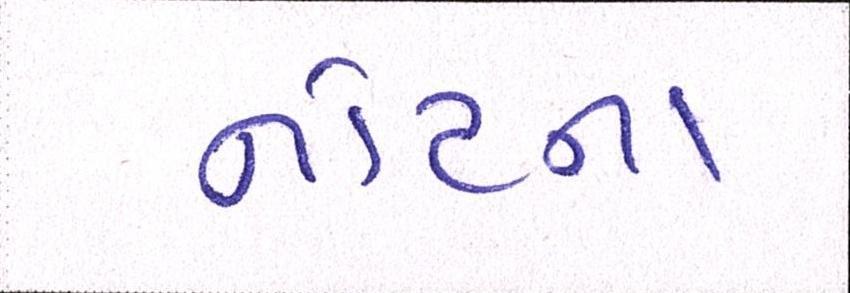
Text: નોટના